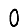
Digit: 0